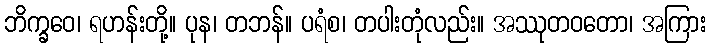
ဘိက္ခဝေ၊ ရဟန်းတို့။ ပုန၊ တဘန်။ ပရံစ၊ တပါးတုံလည်း။ အဿုတဝတော၊ အကြား